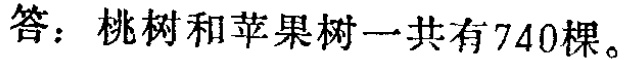
答：桃树和苹果树一共有740棵。